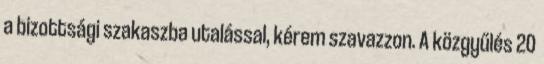
a bizottsági szakaszba utalással, kérem szavazzon. A közgyűlés 20